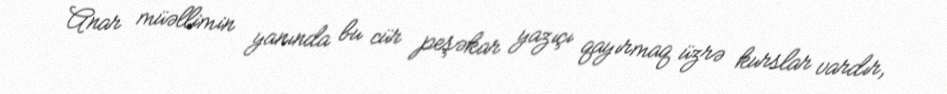
Anar müəllimin yanında bu cür peşəkar yazıçı qayırmaq üzrə kurslar vardır,